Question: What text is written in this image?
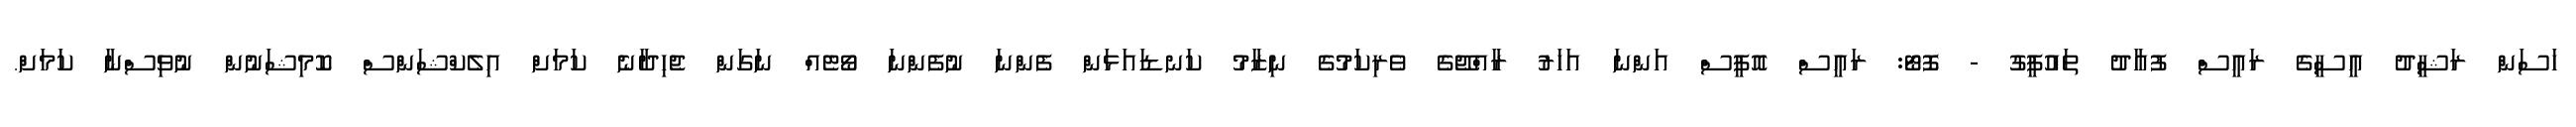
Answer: ހަސަން ރަޝީދު އީސީގެ ރައީސް ފުއާދު ތައުފީގު - ފޮޓޯ: ރައީސް އޮފީސް އަންނަ އަހަރު ރާއްޖޭގެ ވެރިކަމުގެ ނިޒާމު ކަނޑައަޅަން ފެންނަ ނުފެންނަ ވޯޓެއް ނަގަން ޖެހިދާނެ ކަމަށް އިލެކްޝަންސް ކޮމިޝަނުން ނުވިސްނާ ކަމަށް.